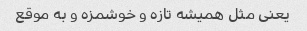
یعنی مثل همیشه تازه و خوشمزه و به موقع